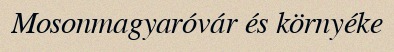
Mosonmagyaróvár és környéke